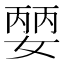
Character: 𡠈